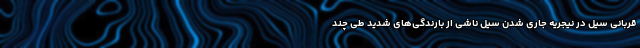
قربانی سیل در نیجریه جاری شدن سیل ناشی از بارندگی‌های شدید طی چند